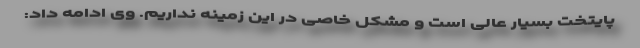
پایتخت بسیار عالی است و مشکل خاصی در این زمینه نداریم. وی ادامه داد: